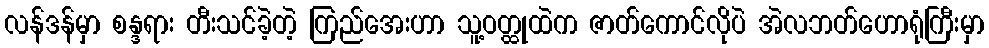
လန်ဒန်မှာ စန္ဒရား တီးသင်ခဲ့တဲ့ ကြည်အေးဟာ သူ့ဝတ္ထုထဲက ဇာတ်ကောင်လိုပဲ အဲလဘတ်ဟောရုံကြီးမှာ